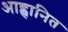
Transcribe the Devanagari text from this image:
आह्वानित